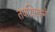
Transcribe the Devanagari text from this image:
तपशिलाने